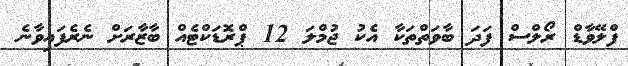
ފްލޭވާޑް ރޯލްސް ފަދަ ބާވަތްތަކާ އެކު ޖުމްލަ 12 ޕްރޮޑަކްޓެއް ބާޒާރަށް ނެރެފައިވާނެ